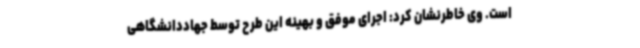
است. وی خاطرنشان کرد: اجرای موفق و بهینه این طرح توسط جهاددانشگاهی